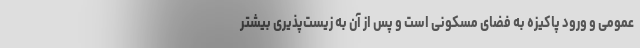
عمومی و ورود پاکیزه به فضای مسکونی است و پس از آن به زیست‌پذیری بیشتر